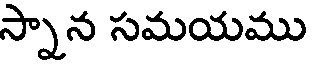
స్నాన సమయము